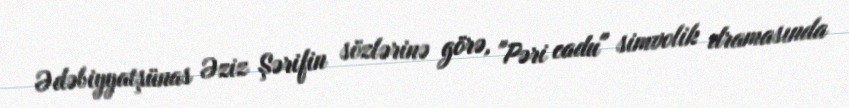
Ədəbiyyatşünas Əziz Şərifin sözlərinə görə, "Pəri cadu" simvolik dramasında